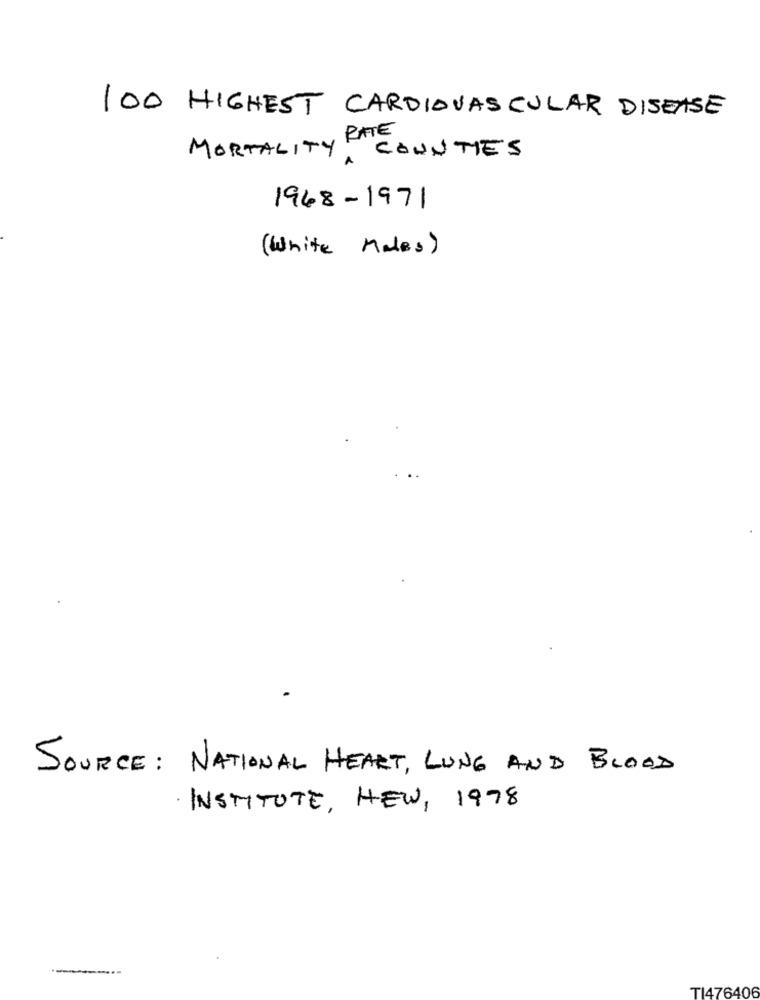
100 HIGHEST CARDIOVASCULAR DISEASE
, RATE
MORTALITY COUNTIES
1968-1971
(White Males)
SOURCE: NATIONAL HEART, LUNG AND BLOOD
INSTITUTE, NEW, 1978
TI476406